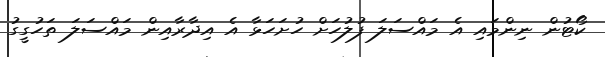
ކޯޓުން ނިންމައި އެ މައްސަލަ ފުލުހަށް ހުށަހަޅާ އެ އިދާރާއިން މައްސަލަ ތަހުގީގު